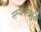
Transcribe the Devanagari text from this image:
सम्यमसंबुद्ध